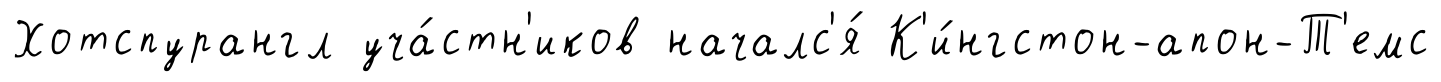
Хотспурангл уча́стн'иков началс'я́ К'и́нгстон-апон-Т'емс